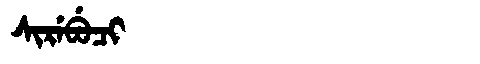
Manchu: ᠰᡳᡵᡝᠪᡠᠴᡳ
Romanization: SIREBUCI